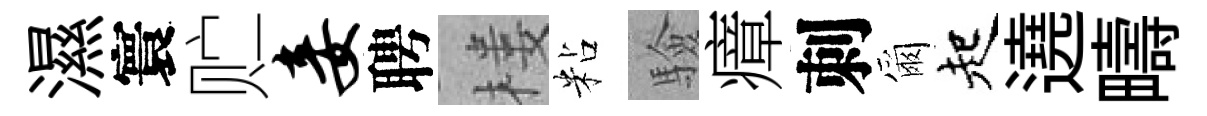
濕寰贮妾聘楼粘驗瘴刺爾起遶疇